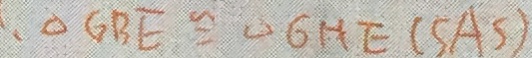
\therefore \Delta G B E \cong \Delta G H E ( S A S )